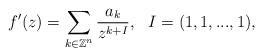
LaTeX: \begin{align*} f'(z)=\sum_{k\in \mathbb{Z}^n}{\frac{a_{k}}{z^{k+I}}},\,\,\,\,I=(1, 1,...,1),\end{align*}